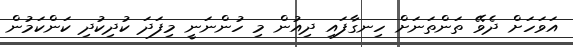
އަވަހަށް ދެވޭ ތަންތަނަށް ހިނގާފައި ދިއުން މި ހުންނަނީ މިފަދަ ކުދިކުދި ކަންކަމުން